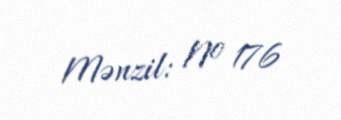
Mənzil: № 176